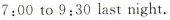
7:00 to 9:30 last night.